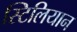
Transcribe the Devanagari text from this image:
स्टिलियान